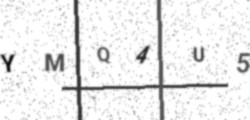
Text: YMQ4U5